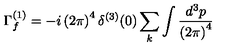
\Gamma _ { f } ^ { ( 1 ) } = - i \left( 2 \pi \right) ^ { 4 } \delta ^ { ( 3 ) } ( 0 ) \sum _ { k } \int \frac { d ^ { 3 } p } { \left( 2 \pi \right) ^ { 4 } }